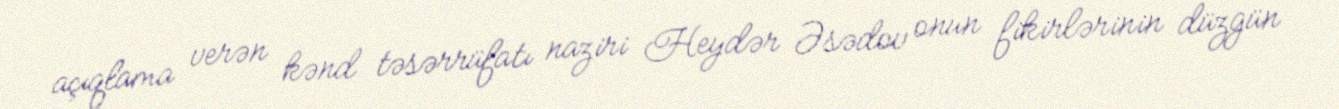
açıqlama verən kənd təsərrüfatı naziri Heydər Əsədov onun fikirlərinin düzgün